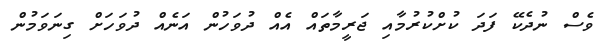
ވެސް ނުދެކޭ ފަދަ ކުށްކުރުމާއި ޖަރީމާތައް އެއް ދުވަހުން އަނެއް ދުވަހަށް ގިނަވަމުން